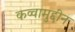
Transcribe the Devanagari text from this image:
कव्वामुद्दीन